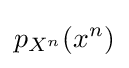
p_{X^{n}}(x^{n})